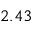
2 . 4 3